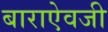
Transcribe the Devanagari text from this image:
बाराऐवजी